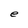
Character: e